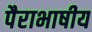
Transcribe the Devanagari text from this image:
पैराभाषीय